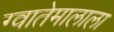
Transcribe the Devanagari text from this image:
ग्वातेमालाला